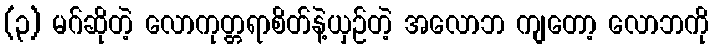
(၃) မဂ်ဆိုတဲ့ လောကုတ္တရာစိတ်နဲ့ယှဉ်တဲ့ အလောဘ ကျတော့ လောဘကို